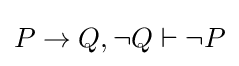
P\to Q,\neg Q\vdash \neg P